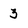
Character: 3